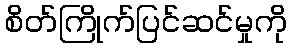
စိတ်ကြိုက်ပြင်ဆင်မှုကို